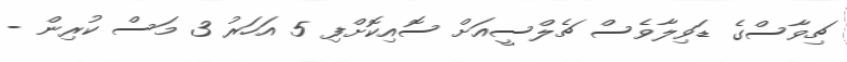
ޗިވާސްގެ ޑަވިލާވެސް ޗެލްސީއަށް ސޮއިކޮށްފި 5 އަހަރު 3 މަސް ކުރިން -